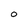
Character: O